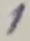
Text: 1